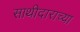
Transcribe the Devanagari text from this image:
साथीदाराच्या